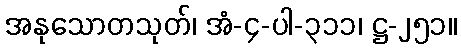
အနုသောတသုတ်၊ အံ-၄-ပါ-၃၁၁၊ ဋ္ဌ-၂၅၁။